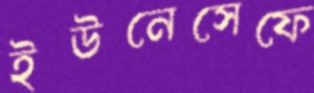
ইউনেসেফে